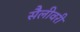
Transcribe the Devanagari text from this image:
सैलीवरी